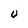
Character: U